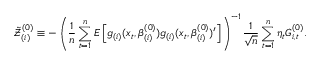
\mathcal { \tilde { Z } } _ { ( i ) } ^ { ( 0 ) } \equiv - \left( \frac { 1 } { n } \sum _ { t = 1 } ^ { n } E \left[ g _ { ( i ) } ( x _ { t } , \beta _ { ( i ) } ^ { ( 0 ) } ) g _ { ( i ) } ( x _ { t } , \beta _ { ( i ) } ^ { ( 0 ) } ) ^ { \prime } \right] \right) ^ { - 1 } \frac { 1 } { \sqrt { n } } \sum _ { t = 1 } ^ { n } \eta _ { t } G _ { i , t } ^ { ( 0 ) } .